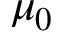
\mu _ { 0 }